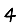
Digit: 4